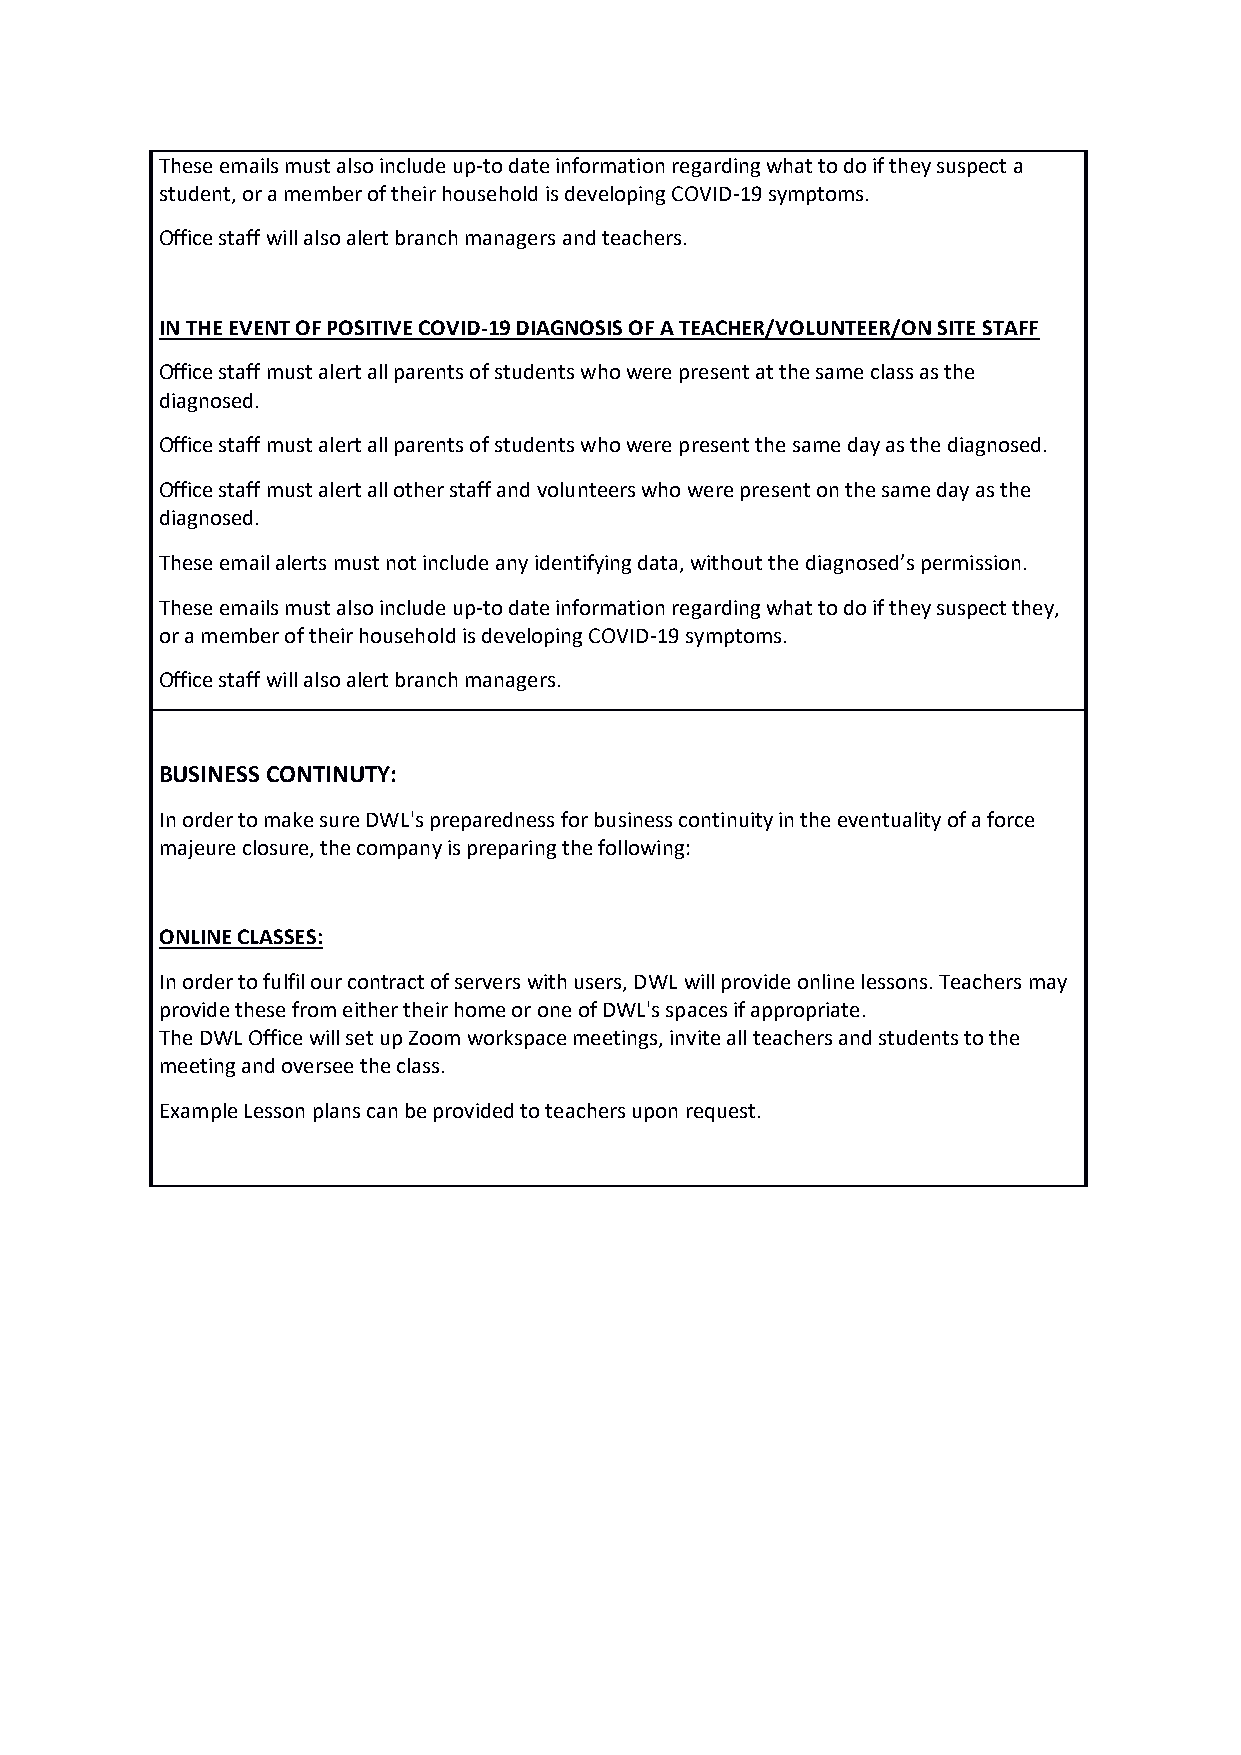
These emails must also include up-to date information regarding what to do if they suspect a
 student, or a member of their household is developing COVID-19 symptoms.
 Office staff will also alert branch managers and teachers.
 IN THE EVENT OF POSITIVE COVID-19 DIAGNOSIS OF A TEACHER/VOLUNTEER/ON SITE STAFF
 Office staff must alert all parents of students who were present at the same class as the
 diagnosed.
 Office staff must alert all parents of students who were present the same day as the diagnosed.
 Office staff must alert all other staff and volunteers who were present on the same day as the
 diagnosed.
 These email alerts must not include any identifying data, without the diagnosed’s permission.
 These emails must also include up-to date information regarding what to do if they suspect they,
 or a member of their household is developing COVID-19 symptoms.
 Office staff will also alert branch managers.
 BUSINESS CONTINUTY:
 In order to make sure DWL's preparedness for business continuity in the eventuality of a force
 majeure closure, the company is preparing the following:
 ONLINE CLASSES:
 In order to fulfil our contract of servers with users, DWL will provide online lessons. Teachers may
 provide these from either their home or one of DWL's spaces if appropriate.
 The DWL Office will set up Zoom workspace meetings, invite all teachers and students to the
 meeting and oversee the class.
 Example Lesson plans can be provided to teachers upon request.